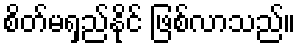
စိတ်မရှည်နိုင် ဖြစ်လာသည်။